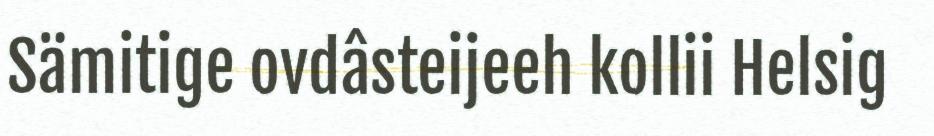
Sämitige ovdâsteijeeh kollii Helsig